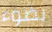
بضوء